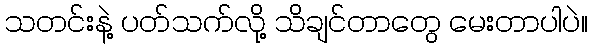
သတင်းနဲ့ ပတ်သက်လို့ သိချင်တာတွေ မေးတာပါပဲ။